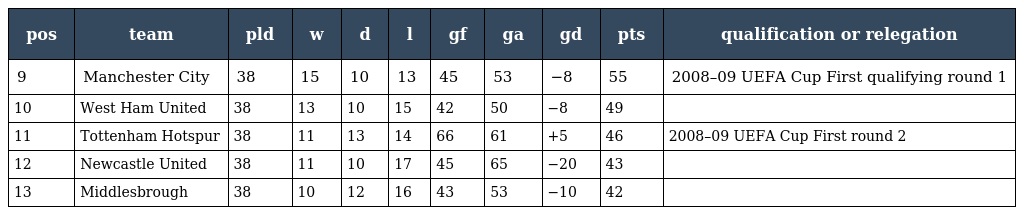
| pos | team | pld | w | d | l | gf | ga | gd | pts | qualification or relegation |
 | --- | --- | --- | --- | --- | --- | --- | --- | --- | --- | --- |
 | 9 | Manchester City | 38 | 15 | 10 | 13 | 45 | 53 | −8 | 55 | 2008–09 UEFA Cup First qualifying round 1 |
 | 10 | West Ham United | 38 | 13 | 10 | 15 | 42 | 50 | −8 | 49 |  |
 | 11 | Tottenham Hotspur | 38 | 11 | 13 | 14 | 66 | 61 | +5 | 46 | 2008–09 UEFA Cup First round 2 |
 | 12 | Newcastle United | 38 | 11 | 10 | 17 | 45 | 65 | −20 | 43 |  |
 | 13 | Middlesbrough | 38 | 10 | 12 | 16 | 43 | 53 | −10 | 42 |  |